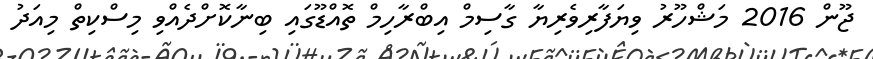
ޖޫން 2016 މަޝްހޫރު ވިޔަފާރިވެރިޔާ ގާސިމް އިބްރާހިމް ތޮއްޑޫގައި ބިނާކޮށްދެއްވި މިސްކިތް މިއަދު